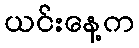
ယင်းနေ့က